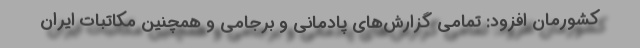
کشورمان افزود: تمامی گزارش‌های پادمانی و برجامی و همچنین مکاتبات ایران